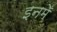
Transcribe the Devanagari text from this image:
इनमेँ